Annual report on the working of the mental hospitals in the Madras Presidency - 1912-1932
Year: 1912
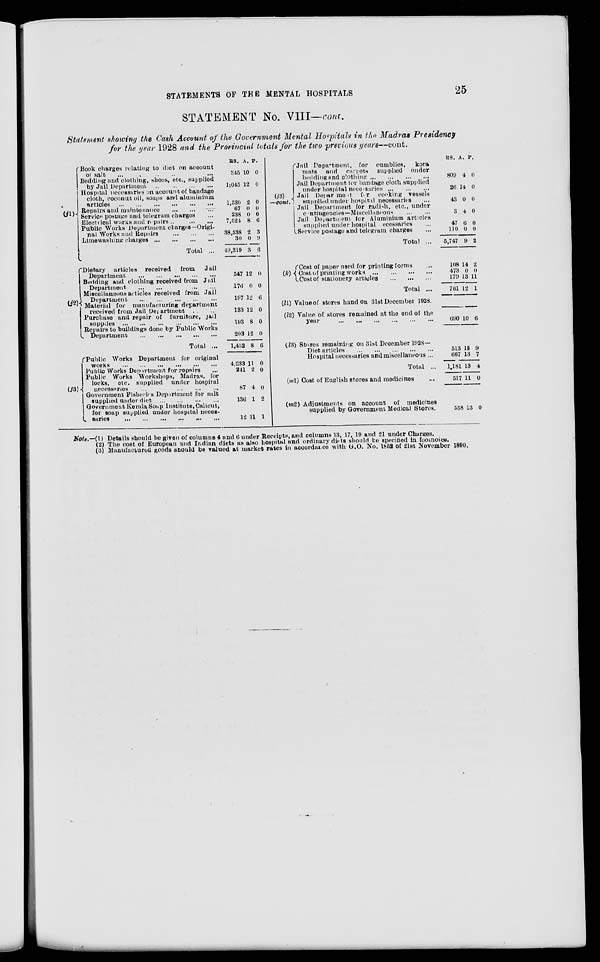
STATEMENTS OF THE MENTAL HOSPITALS
25
STATEMENT No. VIII—cont.
Statement showing the Cash Account of the Government Mental Hospitals in the Madras Presidency
for the year 1928 and the Provincial totals for the two previous years—cont.
Book charges relating to diet on account
of salt ... ... ... ... ... ...
Bedding and clothing, shoos, etc., supplied
by Jail Department
...
...
...
...
Hospital necessaries on account of bandage
cloth, coconut oil, soaps and aluminium
articles
...
...
...
...
...
...
Repairs and maintenance ... ... ...
Service postage and telegram charges...
Electrical works and repairs ... ...
Public Works Department charges—Origi-
nal Works and Repairs
...
...
...
Limewashing charges
...
...
...
...
Total ...
(i2).
Dietary articles received from
Jail
Department ... ... ... ... ... ...
Bedding and clothing received from Jail
Department
...
...
...
...
Miscellaneous articles received from Jail
Department ... ... ... ...
Material for manufacturing department
received from Jail Department ... ...
Purchase and repair of furniture, jail
supplies
...
...
...
...
...
...
Repairs to buildings done by Public Works
Department ... ... ... ... ... ...
Total ...
(j3)
Public Works Department for original
works
...
...
...
...
...
...
Public Works Department for repairs
...
Public Works Workshops, Madras, for
locks,
etc. supplied under hospital
necessaries ... ... ... ...
Government Fisheries Department for salt
supplied under diet
...
...
...
...
Government Kerala Soap Institute,Calicut,
for soap supplied under hospital neces¬
saries
...
...
...
...
...
...
RS.
345
1;045
1,530
67
238
7,524
38,538
30
49,319
547
176
197
133
193
203
1,452
4,233
241
87
136
12
A.
10
12
2
0
0
8
2
0
3
12
0
12
12
8
12
8
11
2
4
1
11
P.
0
0
0
0
0
6
3
9
6
0
0
6
0
0
0
6
0
0
0
2
1
(j3)
—cont.
(k)
(l1)
(l2)
(l3)
(m1)
(m2)
Jail Department, for cumblies, kora
mats and carpets supplied under
bedding and clothing
...
...
Jail Department for bandage cloth supplied
under hospital necesaries ... ... ... ...
Jail Department for cooking vessels
supplied under hospital necessaries ...
Jail Department for radish, etc., under
contingencies—Miscellaneous
...
...
Jail Department for Aluminium articles
supplied under hospital ecessaries ...
Service postage and telegram charges ...
Total ...
Cost of paper used for printing forms
Cost of printing works
...
...
...
...
Cost of stationery articles ... ...
Total ...
Value of stores hand on 31st December 1928.
Value of stores remained at the end of the
year
...
...
...
...
Stores remaining on 31st December 1928—
Diet articles
...
...
...
...
Hospital necessaries and miscellaneous ...
Total ...
Cost of English stores and medicines
Adjustments on account of medicines
supplied by Government Medical Stores.
RS.
809
26
43
3
47
110
5,747
108
473
179
761
690
513
667
1,181
517
558
A.
4
14
0
4
6
0
9
14
0
13
12
10
15
13
13
11
13
P.
0
0
0
0
0
0
2
2
0
11
1
6
9
7
4
0
0
Note.—(1) Details should be given of columns 4 and 6 under Receipts, and columns 13, 17, 19 and 21 under Charges.
(2) The cost of European and Indian diets as also hospital and ordinary diets should be specified in footnotes.
(3) Manufactured goods should be valued at market rates in accordance with G.O. No. 1852 of 21st November 1890.